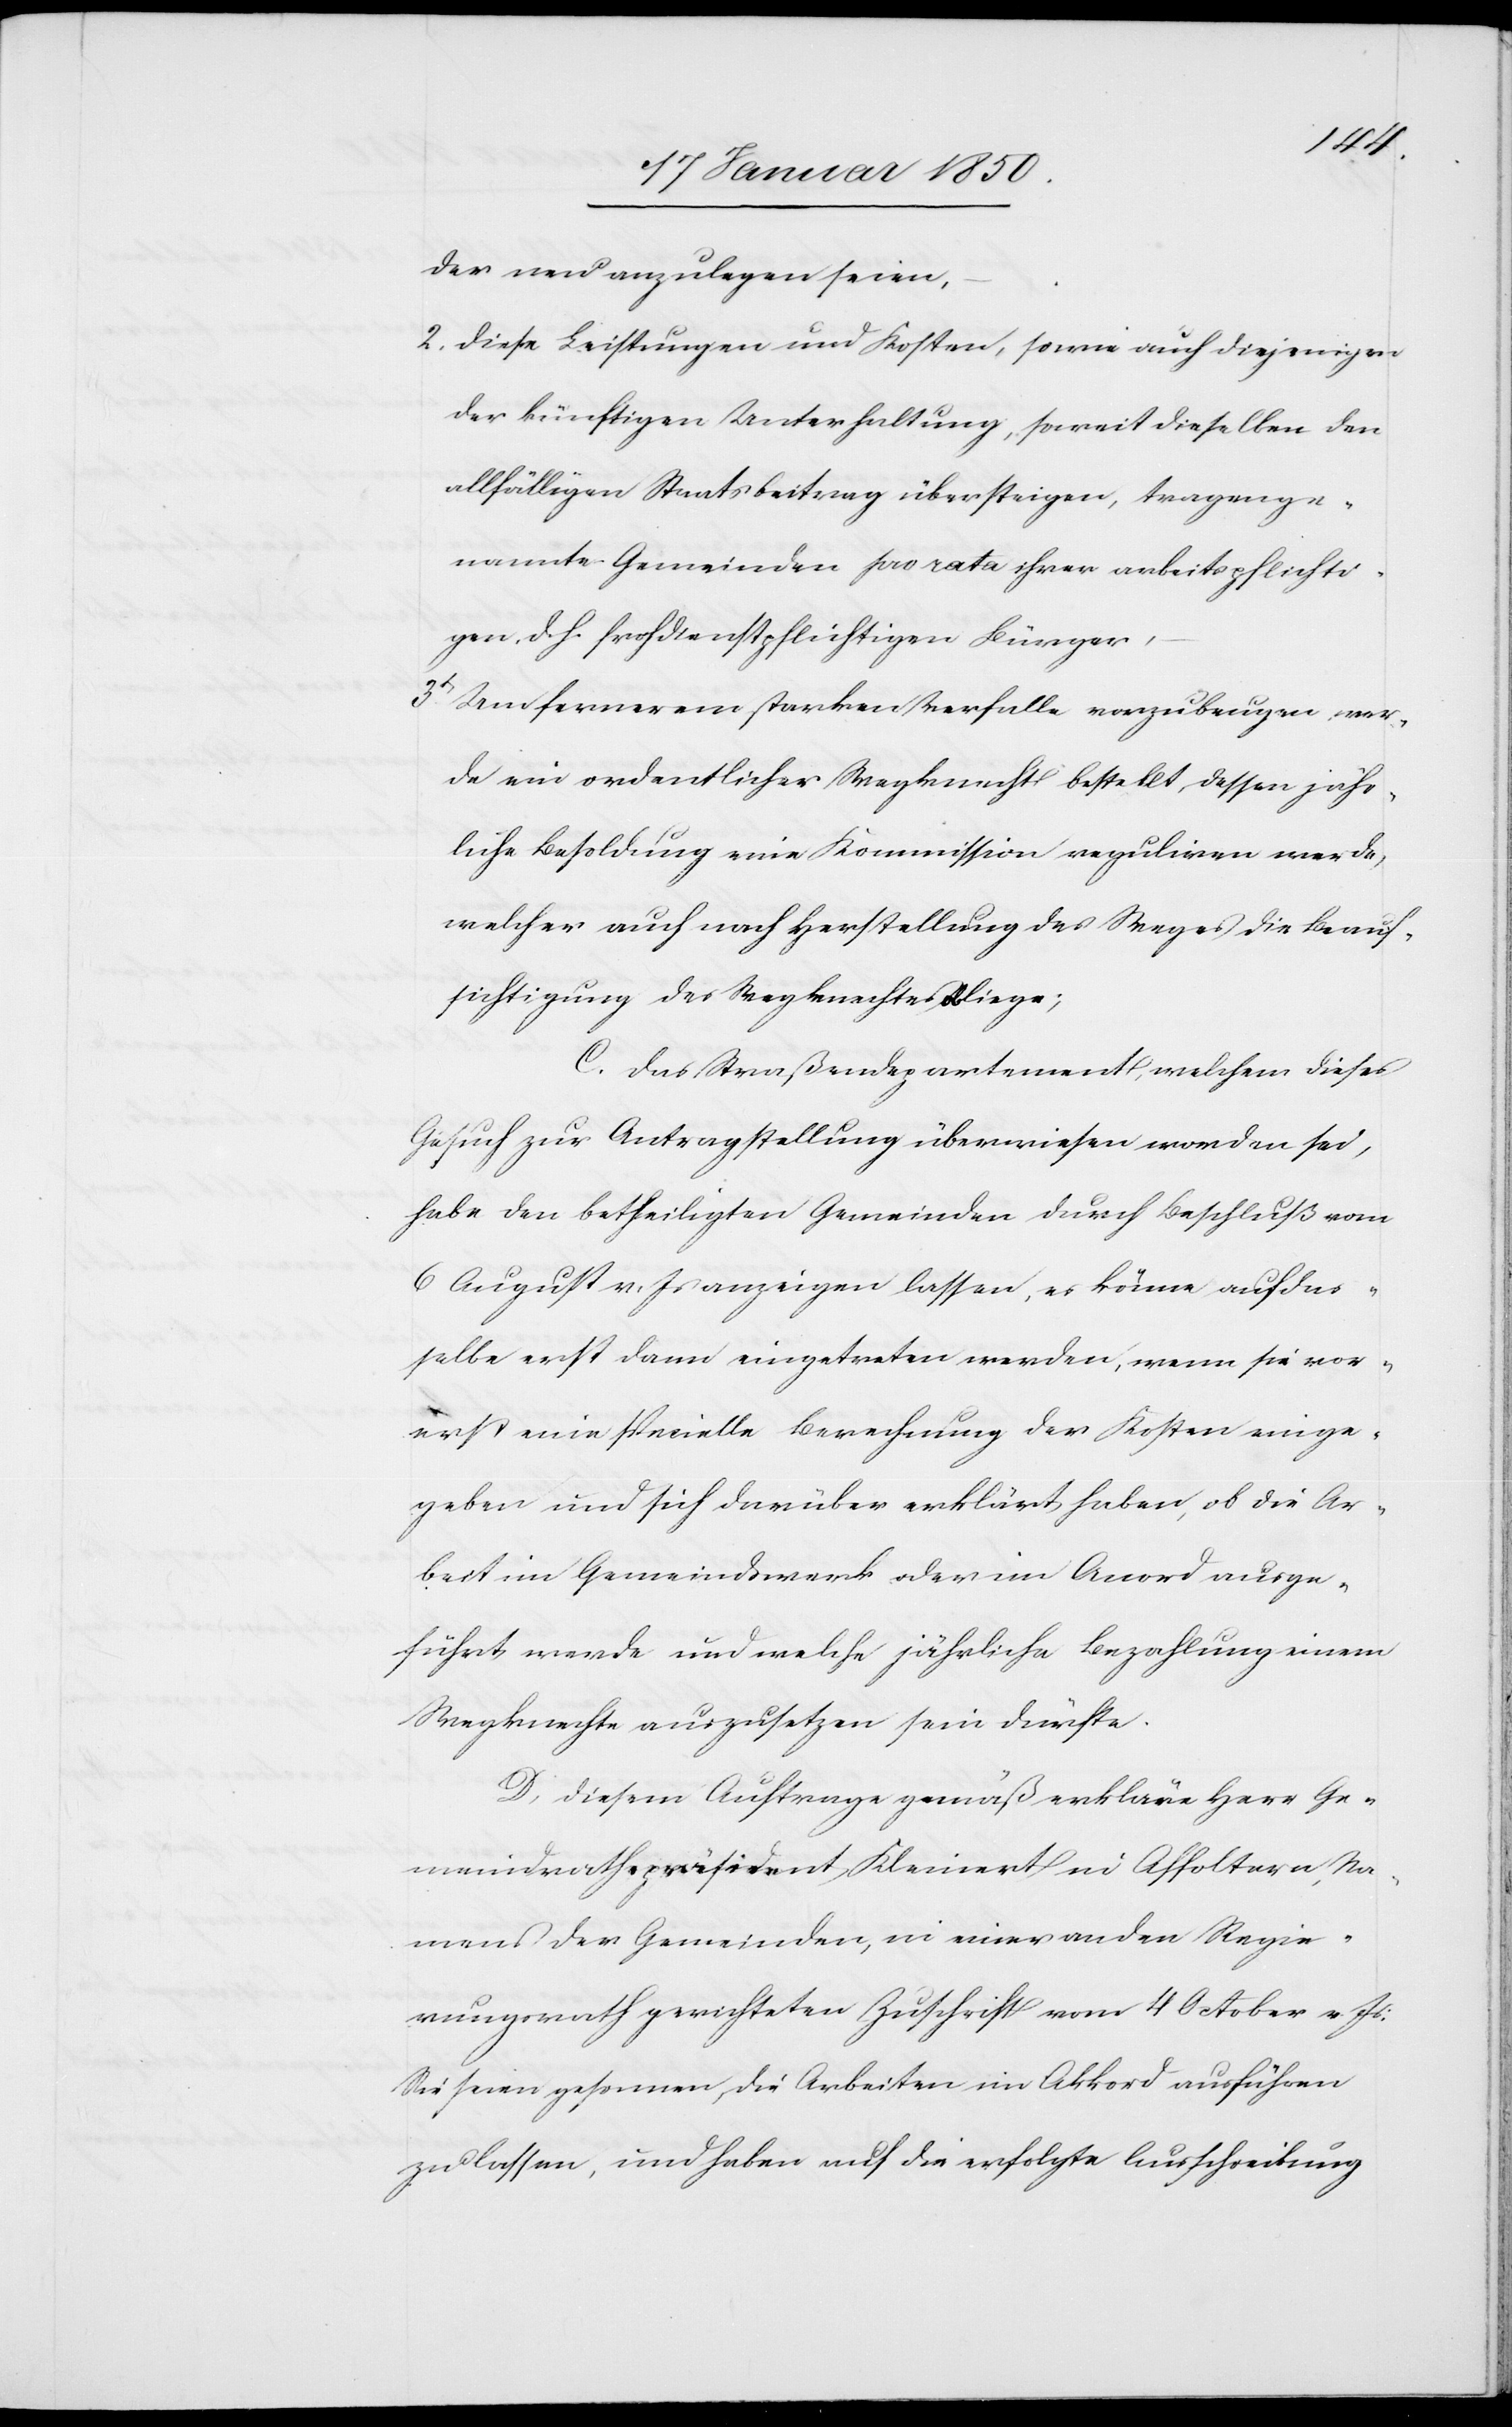
der neu anzulegen seien,
2. Diese Leistungen und Kosten, sowie auch diejenigen
der künftigen Unterhaltung, soweit dieselben den
allfälligen Staatsbeitrag übersteigen, tragen ge¬
nannte Gemeinden pro rata ihrer arbeitspflichti¬
gen d. h. froh[n]dienstpflichtigen Bürger,
3t Um fernerem starken Verfalle vorzubeugen wer¬
de ein ordentlicher Wegknecht bestellt, dessen jähr¬
liche Besoldung eine Kommission reguliren werde,
welcher auch nach Herstellung des Weges die Beauf¬
sichtigung des Wegknechtes obliege;
C. Das Straßendepartement, welchem dieses
Gesuch zur Antragstellung überwiesen worden sei,
habe den betheiligten Gemeinden durch Beschluß vom
6 August v. Js anzeigen lassen, es könne auf das¬
selbe erst dann eingetreten werden, wenn sie vor¬
erst eine specielle Berechnung der Kosten einge¬
geben und sich darüber erklärt haben, ob die Ar¬
beit im Gemeindwerk oder im Accord ausge¬
führt werde und welche jährliche Bezahlung einem
Wegknechte auszusetzen sein dürfte.
D. Diesem Auftrage gemäß erkläre Herr Ge¬
meindrathspräsident Kleinert in Affoltern, Na¬
mens der Gemeinden, in einer an den Regie¬
rungsrath gerichteten Zuschrift vom 4 October v. Js:
Sie seien gesonnen, die Arbeiten im Akkord ausführen
zu lassen, und haben auf die erfolgte Ausschreibung